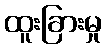
ထူးခြားမှု